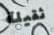
ثقيلة